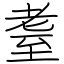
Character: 耋